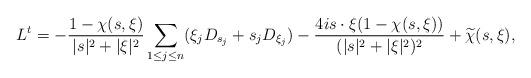
LaTeX: \begin{align*} L^t = -\frac{1-\chi (s,\xi)}{|s|^2 +|\xi|^2} \sum_{1 \leq j \leq n} (\xi_j D_{s_j} + s_j D_{\xi_j} ) - \frac{4is\cdot\xi(1-\chi(s,\xi))}{(|s|^2+|\xi|^2)^2} + \widetilde{\chi}(s,\xi) ,\end{align*}